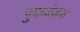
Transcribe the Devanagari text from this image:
गुणव्यंजक